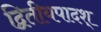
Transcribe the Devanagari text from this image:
द्वितीयपादश्